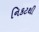
નિકટથી